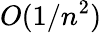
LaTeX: O(1/n^{2})